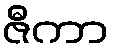
ဇီကာ